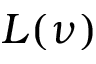
L ( \nu )